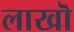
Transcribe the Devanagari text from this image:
लाखॊ